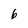
Character: b